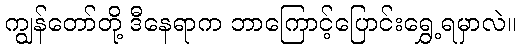
ကျွန်တော်တို့ ဒီနေရာက ဘာကြောင့်ပြောင်းရွှေ့ရမှာလဲ။